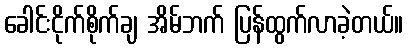
ခေါင်းငိုက်စိုက်ချ အိမ်ဘက် ပြန်ထွက်လာခဲ့တယ်။